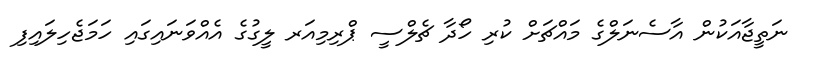
ނަތީޖާއަކުން އާސެނަލްގެ މައްޗަށް ކުރި ހޯދާ ޗެލްސީ ޕްރިމިއަރ ލީގުގެ އެއްވަނައިގައި ހަމަޖެހިލައިފި